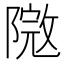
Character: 𨻮